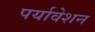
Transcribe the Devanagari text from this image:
पर्यावेशन